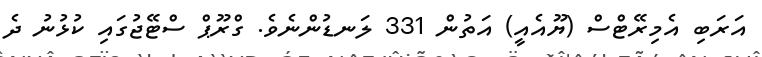
އަރަބި އެމިރޭޓްސް (ޔޫއެއީ) އަތުން 331 ލަނޑުންނެވެ. ގްރޫޕް ސްޓޭޖުގައި ކުޅުނު ދެ